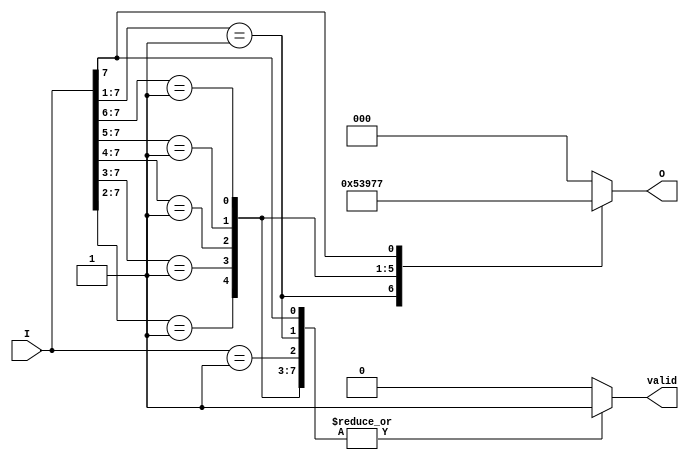
module binary_encoder (
    input wire [7:0] I,  // 8 input lines
    output reg [2:0] O,  // 3-bit binary output
    output reg valid     // Indicates if the output is valid (1) or not (0)
);

    always @(*) begin
        casez (I)  // casez allows for don't care conditions
            8'b00000001: begin O = 3'b000; valid = 1; end // I0
            8'b0000001?: begin O = 3'b001; valid = 1; end // I1
            8'b000001??: begin O = 3'b010; valid = 1; end // I2
            8'b00001???: begin O = 3'b011; valid = 1; end // I3
            8'b0001????: begin O = 3'b100; valid = 1; end // I4
            8'b001?????: begin O = 3'b101; valid = 1; end // I5
            8'b01??????: begin O = 3'b110; valid = 1; end // I6
            8'b1??????? : begin O = 3'b111; valid = 1; end // I7
            default: begin O = 3'b000; valid = 0; end // No inputs active
        endcase
    end

endmodule